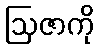
ဩဇာကို